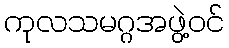
ကုလသမဂ္ဂအဖွဲ့ဝင်